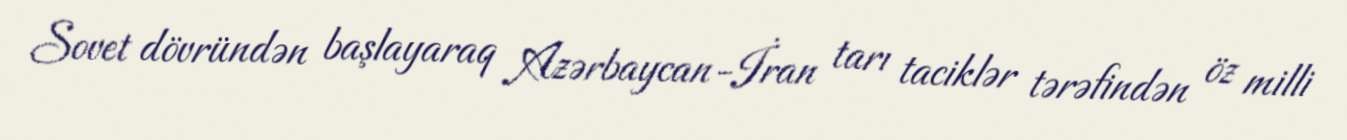
Sovet dövründən başlayaraq Azərbaycan-İran tarı taciklər tərəfindən öz milli